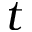
t